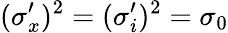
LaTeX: (\sigma_{x}^{\prime})^{2}=(\sigma_{i}^{\prime})^{2}=\sigma_{0}